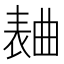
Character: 𣍅